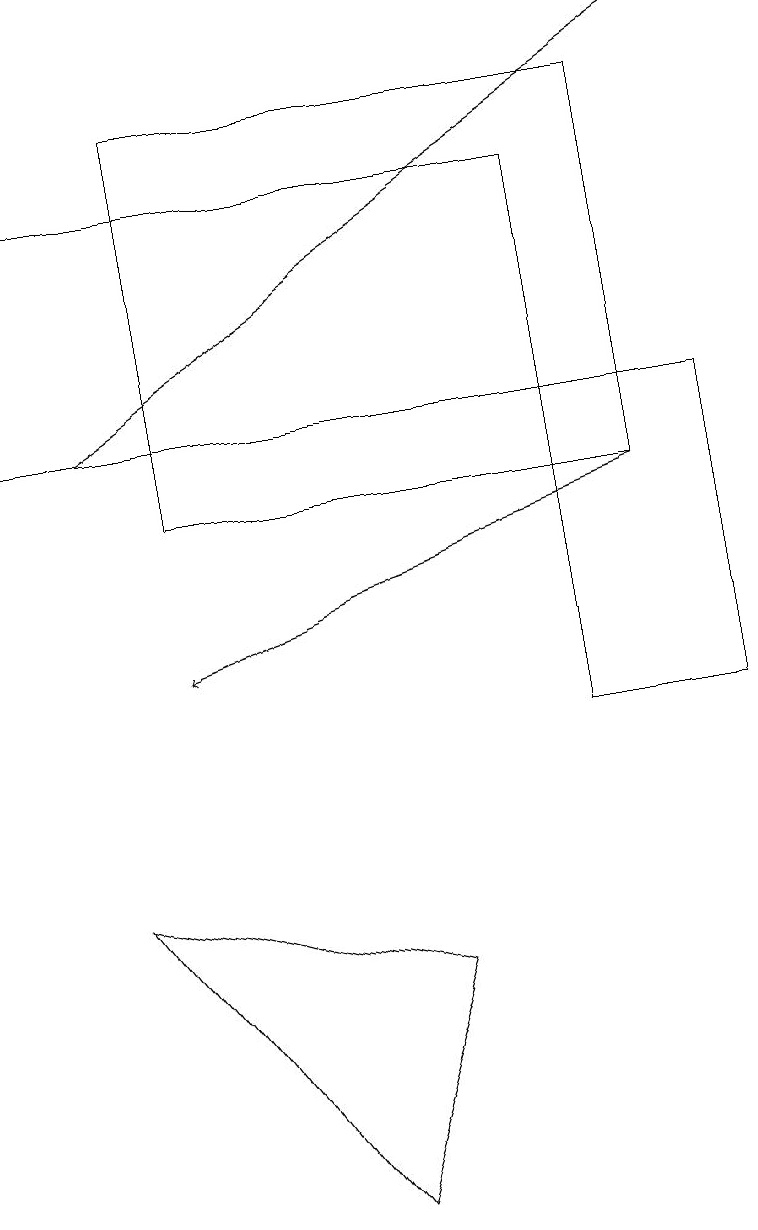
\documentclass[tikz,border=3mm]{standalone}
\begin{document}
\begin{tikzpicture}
\draw[->] (8,13) -- (2,11);
\draw (2,13) rectangle (8,18);
\draw (4,4) -- (1,8) -- (5,7) -- cycle;
\draw (7,10) rectangle (9,14);
\draw (7,17) rectangle (0,14);
\draw[->] (1,14) -- (9,19);
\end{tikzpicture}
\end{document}